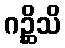
ဂဉ္ဆိသိ